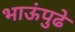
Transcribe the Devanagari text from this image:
भाऊंपुढे